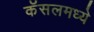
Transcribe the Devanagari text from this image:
कॅसलमध्ये